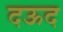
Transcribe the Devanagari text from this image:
दऊद